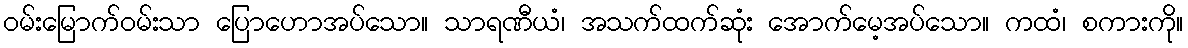
ဝမ်းမြောက်ဝမ်းသာ ပြောဟောအပ်သော။ သာရဏီယံ၊ အသက်ထက်ဆုံး အောက်မေ့အပ်သော။ ကထံ၊ စကားကို။